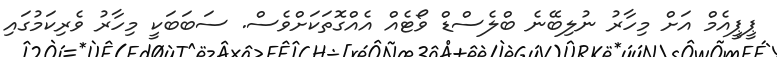
ޕީޕީއެމް އަށް މިހާރު ނުލިބޭނެ ބްލެސްޑް ވޯޓެއް އެއްގޮތަކަށްވެސް. ސަބަބަކީ މިހާރު ވެރިކަމުގައި